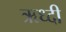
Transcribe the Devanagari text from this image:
ऋध्दी